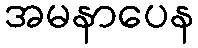
အမနာပေန